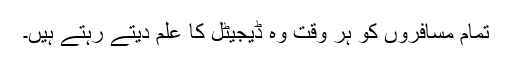
تمام مسافروں کو ہر وقت وہ ڈیجیٹل کا علم دیتے رہتے ہیں۔